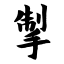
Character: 掣